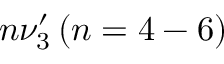
n \nu _ { 3 } ^ { \prime } \, ( n = 4 - 6 )